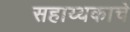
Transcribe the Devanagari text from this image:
सहाय्यकाचे